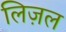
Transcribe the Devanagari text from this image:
लिज़ल